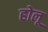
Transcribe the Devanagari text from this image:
होलू